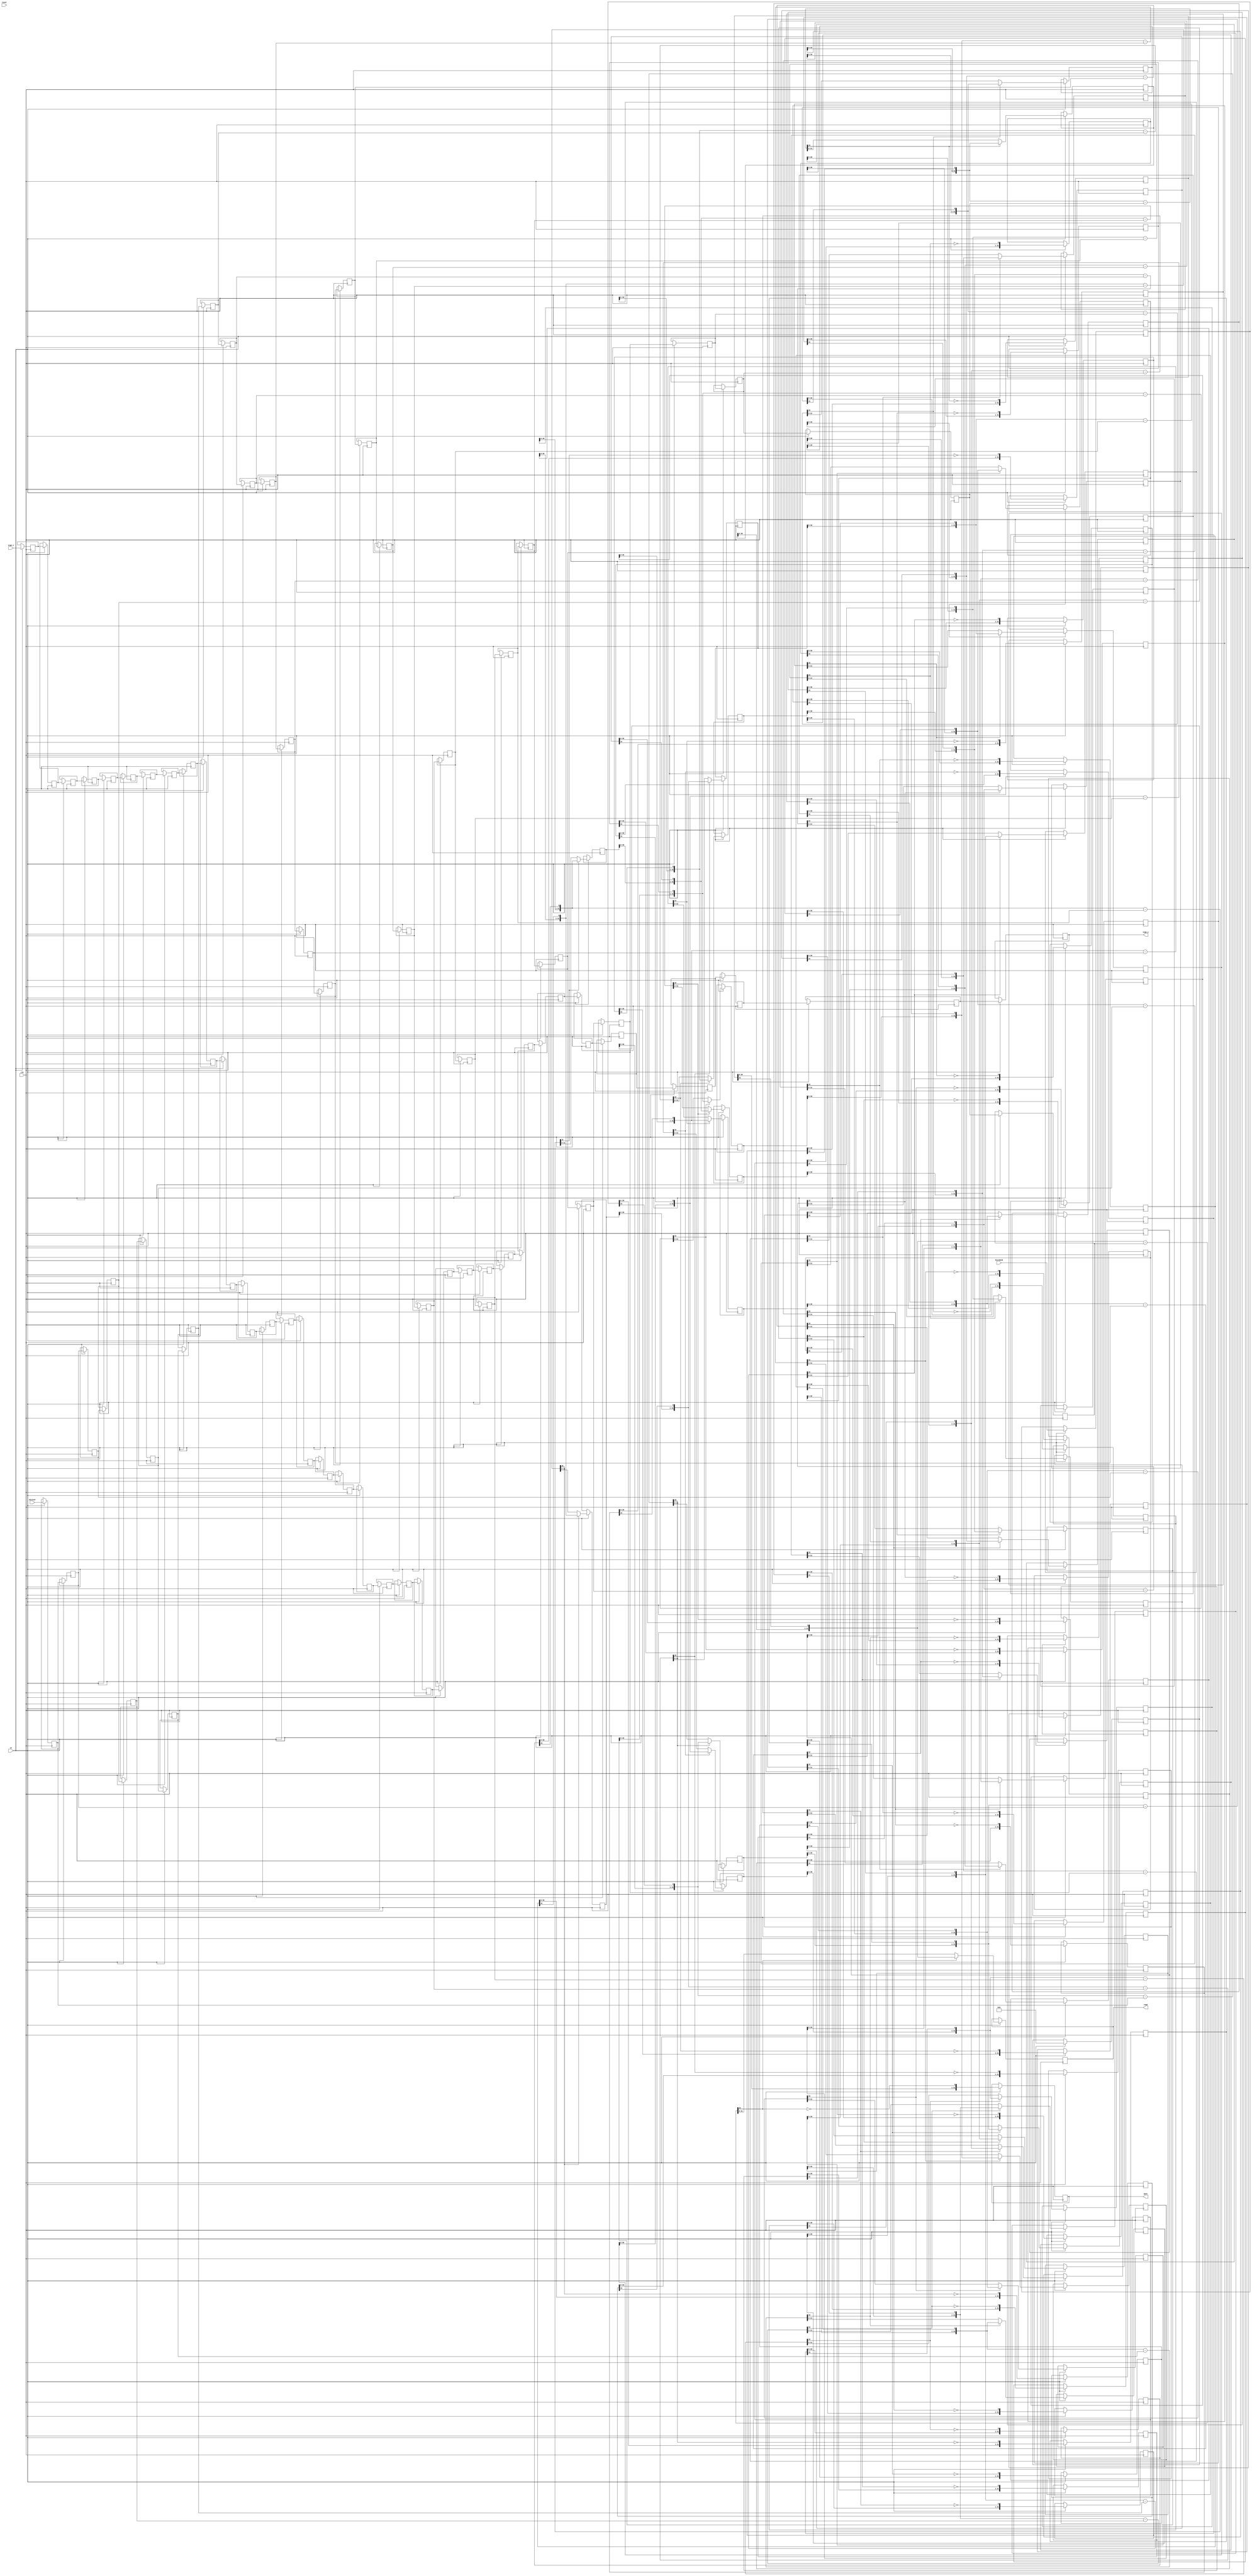
module hls_contrast_strefYi_div_u
#(parameter
    in0_WIDTH = 32,
    in1_WIDTH = 32,
    out_WIDTH = 32
)
(
    input                       clk,
    input                       reset,
    input                       ce,
    input       [in0_WIDTH-1:0] dividend,
    input       [in1_WIDTH-1:0] divisor,
    input       [1:0]           sign_i,
    output wire [1:0]           sign_o,
    output wire [out_WIDTH-1:0] quot,
    output wire [out_WIDTH-1:0] remd
);

localparam cal_WIDTH = (in0_WIDTH > in1_WIDTH)? in0_WIDTH : in1_WIDTH;

//------------------------Local signal-------------------
reg  [in0_WIDTH-1:0] dividend_tmp[0:in0_WIDTH];
reg  [in1_WIDTH-1:0] divisor_tmp[0:in0_WIDTH];
reg  [in0_WIDTH-1:0] remd_tmp[0:in0_WIDTH];
wire [in0_WIDTH-1:0] comb_tmp[0:in0_WIDTH-1];
wire [cal_WIDTH:0]   cal_tmp[0:in0_WIDTH-1];
reg  [1:0]           sign_tmp[0:in0_WIDTH];
//------------------------Body---------------------------
assign  quot    = dividend_tmp[in0_WIDTH];
assign  remd    = remd_tmp[in0_WIDTH];
assign  sign_o  = sign_tmp[in0_WIDTH];

// dividend_tmp[0], divisor_tmp[0], remd_tmp[0]
always @(posedge clk)
begin
    if (ce) begin
        dividend_tmp[0] <= dividend;
        divisor_tmp[0]  <= divisor;
        sign_tmp[0]     <= sign_i;
        remd_tmp[0]     <= 1'b0;
    end
end

genvar i;
generate 
    for (i = 0; i < in0_WIDTH; i = i + 1)
    begin : loop
        if (in0_WIDTH == 1) assign  comb_tmp[i]     = dividend_tmp[i][0];
        else                assign  comb_tmp[i]     = {remd_tmp[i][in0_WIDTH-2:0], dividend_tmp[i][in0_WIDTH-1]};
        assign  cal_tmp[i]      = {1'b0, comb_tmp[i]} - {1'b0, divisor_tmp[i]};

        always @(posedge clk)
        begin
            if (ce) begin
                if (in0_WIDTH == 1) dividend_tmp[i+1] <= ~cal_tmp[i][cal_WIDTH];
                else                dividend_tmp[i+1] <= {dividend_tmp[i][in0_WIDTH-2:0], ~cal_tmp[i][cal_WIDTH]};
                divisor_tmp[i+1]  <= divisor_tmp[i];
                remd_tmp[i+1]     <= cal_tmp[i][cal_WIDTH]? comb_tmp[i] : cal_tmp[i][in0_WIDTH-1:0];
                sign_tmp[i+1]     <= sign_tmp[i];
            end
        end
    end
endgenerate

endmodule